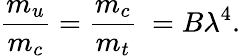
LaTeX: {\frac{m_{u}}{m_{c}}}={\frac{m_{c}}{m_{t}}}\ =B\lambda^{4}.